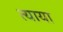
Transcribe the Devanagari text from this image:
त्याया